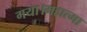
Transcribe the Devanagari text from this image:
गया।महात्मा